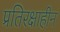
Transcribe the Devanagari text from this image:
प्रतिरक्षाहीन